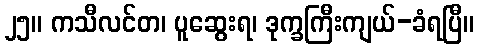
၂၅။ ကသီလင်တ၊ ပူဆွေးရ၊ ဒုက္ခကြီးကျယ်-ခံရပြီ။